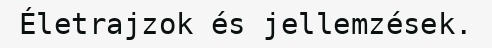
Életrajzok és jellemzések.